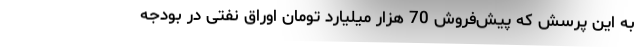
به این پرسش که پیش‌فروش 70 هزار میلیارد تومان اوراق نفتی در بودجه